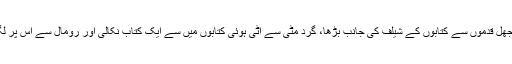
کمرہ روشن کر کے وہ بوجھل قدموں سے کتابوں کے شیلف کی جانب بڑھا، گرد مٹی سے اٹی ہوئی کتابوں میں سے ایک کتاب نکالی اور رومال سے اس پر لگی ڈسٹ صاف کرنے لگا۔